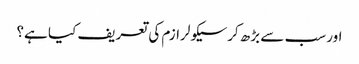
اور سب سے بڑھ کرسیکولرازم کی تعریف کیا ہے؟